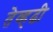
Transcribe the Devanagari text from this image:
तेव्हढी